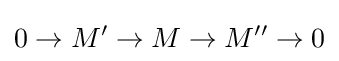
0\rightarrow M^{\prime }\rightarrow M\rightarrow M^{\prime \prime }\rightarrow 0